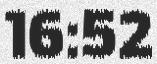
16:52